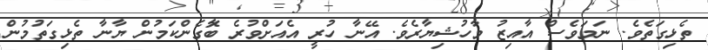
ތެޅިގަތެވެ. ނަމަވެސް އާއިޒު މާހުޝިޔާރެވެ. އޭނާ ހުރީ އެއަށްވުރެ ބާޮގެންކަމުން ޔާނާ ތެޅިގަތުމުން